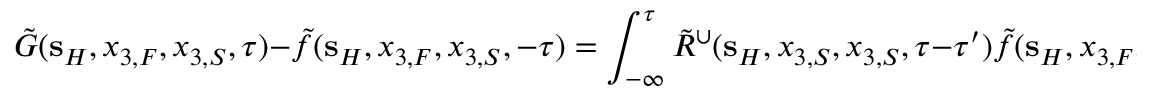
\tilde { G } ( { \bf s } _ { H } , x _ { 3 , F } , x _ { 3 , S } , \tau ) - \tilde { f } ( { \bf s } _ { H } , x _ { 3 , F } , x _ { 3 , S } , - \tau ) = \int _ { - \infty } ^ { \tau } \tilde { R } ^ { \cup } ( { \bf s } _ { H } , x _ { 3 , S } , x _ { 3 , S } , \tau - \tau ^ { \prime } ) \tilde { f } ( { \bf s } _ { H } , x _ { 3 , F } , x _ { 3 , S } , \tau ^ { \prime } ) \mathrm { d } \tau ^ { \prime } .